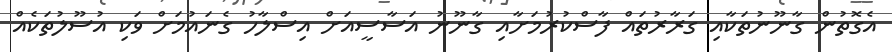
އެގޮތުން ގާނޫނުތަކާއި ގަރާރުތައް ފާސްކުރުމަށާއި ގާނޫނު އަސާސީއަށް އިސްލާހު ގެނައުމަށް ވަކި އުސޫލުތަކެއް